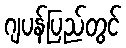
ဂျပန်ပြည်တွင်